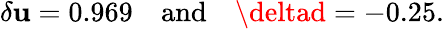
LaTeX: \delta\mathbf{u}=0.969\quad\mathrm{{and}}\quad\deltad=-0.25.